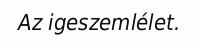
Az igeszemlélet.